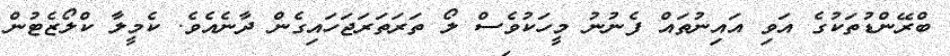
ބްރޭންޑުތަކުގެ އަވި އައިނުތައް ފެނުނު މީހަކުވެސް ލޯ ތަރަތަރަޖަހައިގެން ދާނެއެވެ. ކެމީލާ ކްލޯޒެޓުން